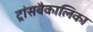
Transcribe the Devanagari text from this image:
ट्रांसबैकालिका